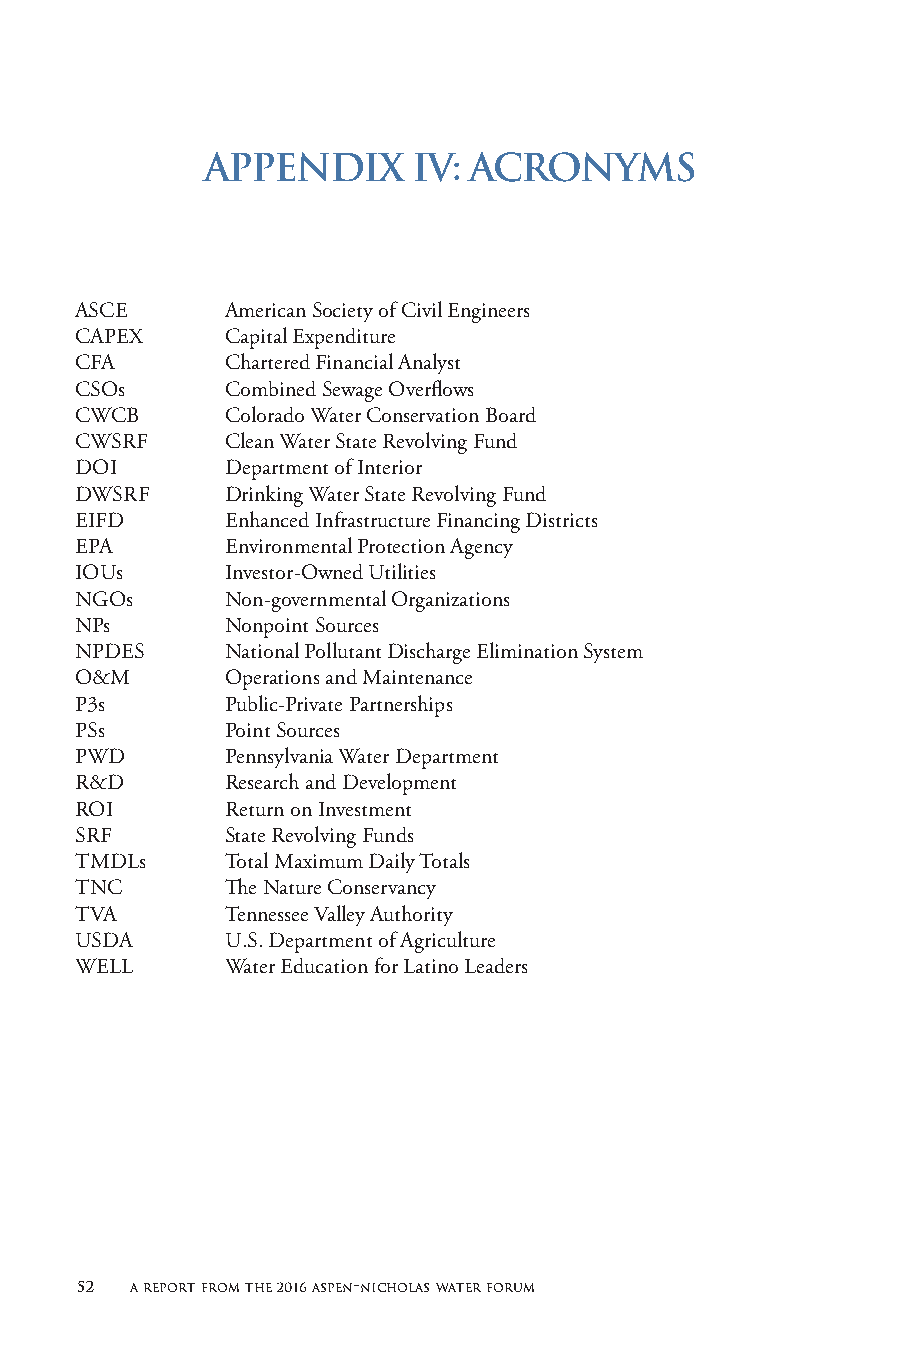
APPENDIX     IV: ACRONYMS
 ASCE      American Society of Civil Engineers
 CAPEX     Capital Expenditure
 CFA       Chartered Financial Analyst
 CSOs      Combined Sewage Overflows
 CWCB      Colorado Water Conservation Board
 CWSRF     Clean Water State Revolving Fund
 DOI       Department of Interior
 DWSRF     Drinking Water State Revolving Fund
 EIFD      Enhanced Infrastructure Financing Districts
 EPA       Environmental Protection Agency
 IOUs      Investor-Owned Utilities
 NGOs      Non-governmental Organizations
 NPs       Nonpoint Sources
 NPDES     National Pollutant Discharge Elimination System
 O&M       Operations and Maintenance
 P3s       Public-Private Partnerships
 PSs       Point Sources
 PWD       Pennsylvania Water Department
 R&D       Research and Development
 ROI       Return on Investment
 SRF       State Revolving Funds
 TMDLs     Total Maximum Daily Totals
 TNC       The Nature Conservancy
 TVA       Tennessee Valley Authority
 USDA      U.S. Department of Agriculture
 WELL      Water Education for Latino Leaders
 52  a report from the 2016 aspen-nicholas water forum